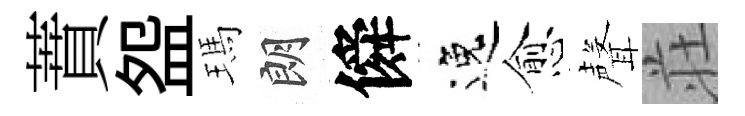
蕡盌瑪朗僢逸愈聲荘